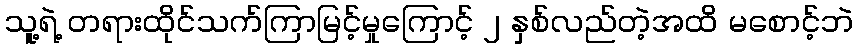
သူ့ရဲ့ တရားထိုင်သက်ကြာမြင့်မှုကြောင့် ၂ နှစ်လည်တဲ့အထိ မစောင့်ဘဲ